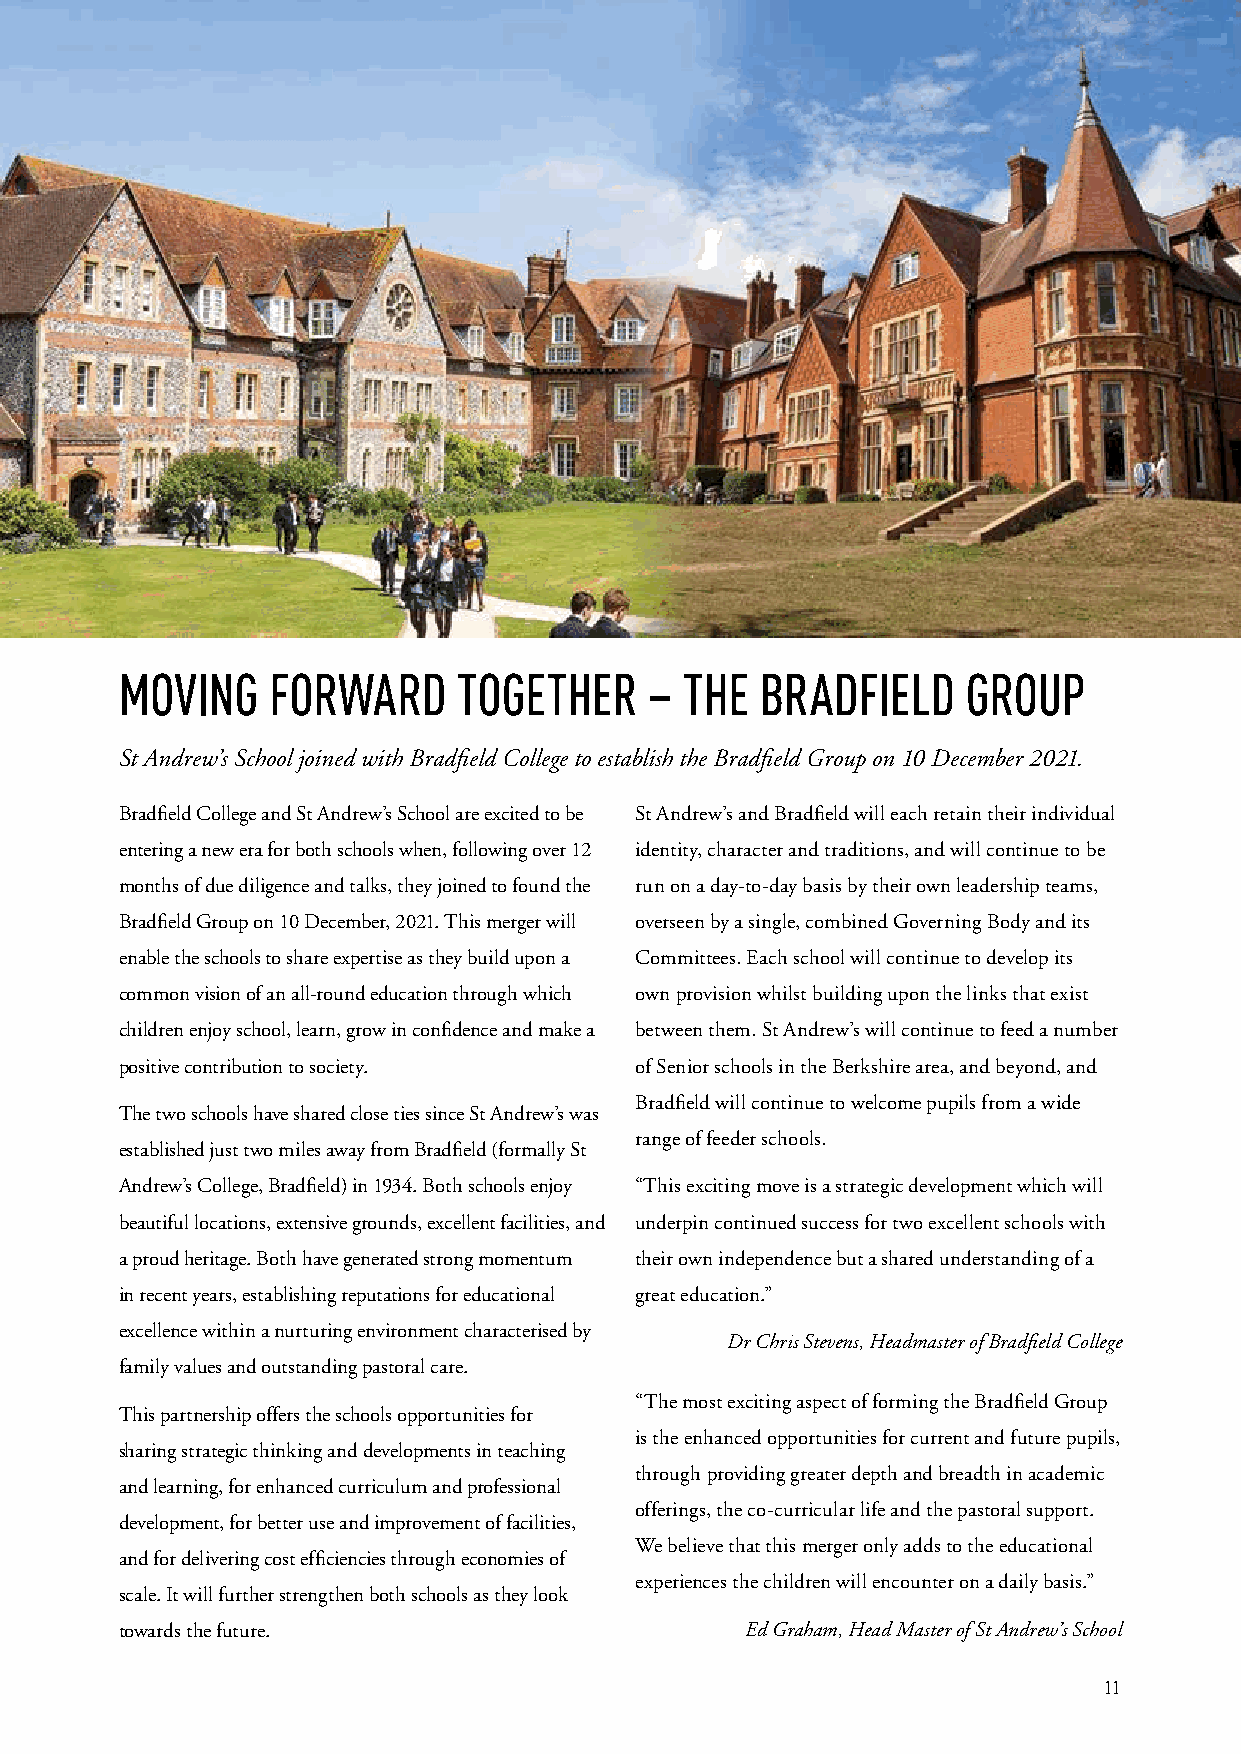
MOVING    FORWARD     TOGETHER     – THE  BRADFIELD     GROUP
 St Andrew’s School joined with Bradfield College to establish the Bradfield Group on 10 December 2021.
 Bradfield College and St Andrew’s School are excited to be St Andrew’s and Bradfield will each retain their individual
 entering a new era for both schools when, following over 12 identity, character and traditions, and will continue to be
 months of due diligence and talks, they joined to found the run on a day-to-day basis by their own leadership teams,
 Bradfield Group on 10 December, 2021. This merger will overseen by a single, combined Governing Body and its
 enable the schools to share expertise as they build upon a Committees. Each school will continue to develop its
 common vision of an all-round education through which own provision whilst building upon the links that exist
 children enjoy school, learn, grow in confidence and make a between them. St Andrew’s will continue to feed a number
 positive contribution to society. of Senior schools in the Berkshire area, and beyond, and
 Bradfield will continue to welcome pupils from a wide
 The two schools have shared close ties since St Andrew’s was
 range of feeder schools.
 established just two miles away from Bradfield (formally St
 Andrew’s College, Bradfield) in 1934. Both schools enjoy “This exciting move is a strategic development which will
 beautiful locations, extensive grounds, excellent facilities, and underpin continued success for two excellent schools with
 a proud heritage. Both have generated strong momentum their own independence but a shared understanding of a
 in recent years, establishing reputations for educational great education.”
 excellence within a nurturing environment characterised by
 Dr Chris Stevens, Headmaster of Bradfield College
 family values and outstanding pastoral care.
 “The most exciting aspect of forming the Bradfield Group
 This partnership offers the schools opportunities for
 is the enhanced opportunities for current and future pupils,
 sharing strategic thinking and developments in teaching
 through providing greater depth and breadth in academic
 and learning, for enhanced curriculum and professional
 offerings, the co-curricular life and the pastoral support.
 development, for better use and improvement of facilities,
 We believe that this merger only adds to the educational
 and for delivering cost efficiencies through economies of
 experiences the children will encounter on a daily basis.”
 scale. It will further strengthen both schools as they look
 towards the future.                      Ed Graham, Head Master of St Andrew’s School
 11